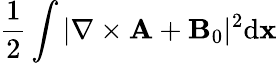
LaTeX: \frac{1}{2}\int|\nabla\times{\mathbf A}+{\mathbf B}_{0}|^{2}\mathrm{d}{\mathbf x}